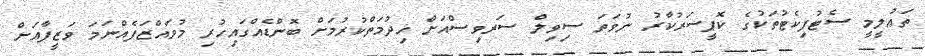
ތަޢުލީމީ ސެޓުފިކެޓުތަކުގެ ކޮޕީސަރުކާރު ނުވަތަ ސިވިލް ސަރވިސްއަށް ޚިދުމަތްކުރުމަށް ބޮންޑެއްގައިހުރި މުވައްޒަފެއްނަމަ ވަޒީފާއަށް